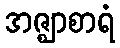
အဇ္ဈာစာရံ